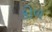
કોળ